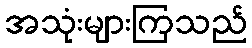
အသုံးများကြသည်